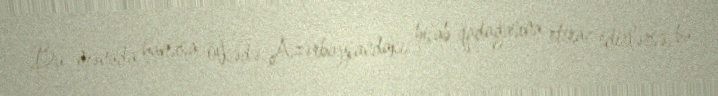
Bu mənada hansısa ölkədə Azərbaycandakı hicab qadağasına etiraz edirlərsə, bu